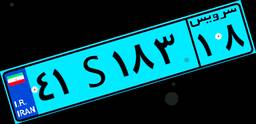
۹۸S۴۲۸۷۶